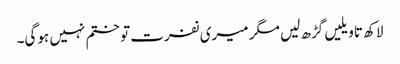
لاکھ تاویلیں گڑھ لیں مگر میری نفرت تو ختم نہیں ہوگی۔